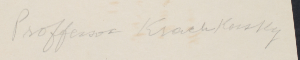
Proffessor Krachkovsky